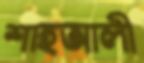
শাহআলী